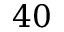
4 0